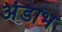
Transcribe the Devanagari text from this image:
अंडाभ